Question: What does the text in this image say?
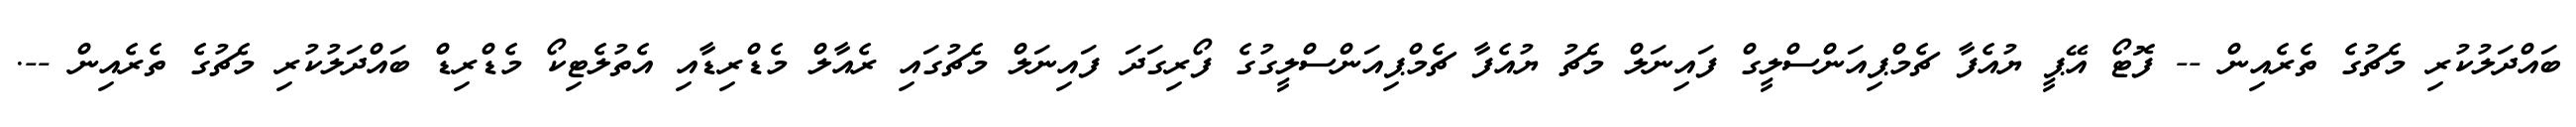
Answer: ބައްދަލުކުރި މެޗުގެ ތެރެއިން -- ފޮޓޯ އޭޕީ ޔުއެފާ ޗެމްޕިއަންސްލީގް ފައިނަލް މެޗު ޔުއެފާ ޗެމްޕިއަންސްލީގުގެ ފޯރިގަދަ ފައިނަލް މެޗުގައި ރެއާލް މެޑްރިޑާއި އެތުލެޓިކޯ މެޑްރިޑް ބައްދަލުކުރި މެޗުގެ ތެރެއިން --.